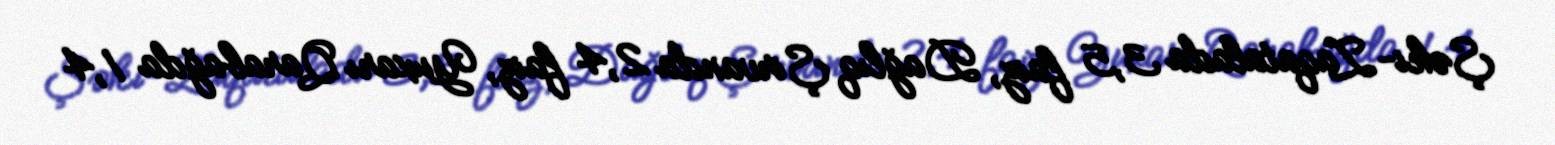
Şəki-Zaqatalada 3,5 faiz, Dağlıq Şirvanda 2,4 faiz, Yuxarı Qarabağda 1,4